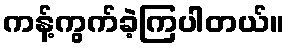
ကန့်ကွက်ခဲ့ကြပါတယ်။